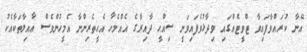
އޭނާ ކުރައްވާފައިވާ ޓްވީޓެއްގައި ވިދާޅުވެފައިވަނީ ސިއްޙީ ދާއިރާގެ އެއްމެހާ އެހީތެރިންނާ އެމީހުންވެސް ޢާއިލާތަކާއެކު